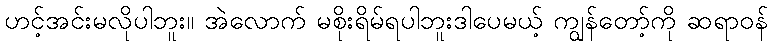
ဟင့်အင်းမလိုပါဘူး။ အဲလောက် မစိုးရိမ်ရပါဘူးဒါပေမယ့် ကျွန်တော့်ကို ဆရာဝန်